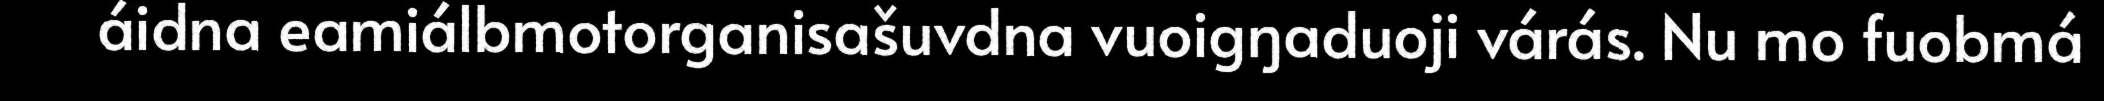
áidna eamiálbmotorganisašuvdna vuoigŋaduoji várás. Nu mo fuobmá